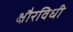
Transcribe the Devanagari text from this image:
क्षौरविधी